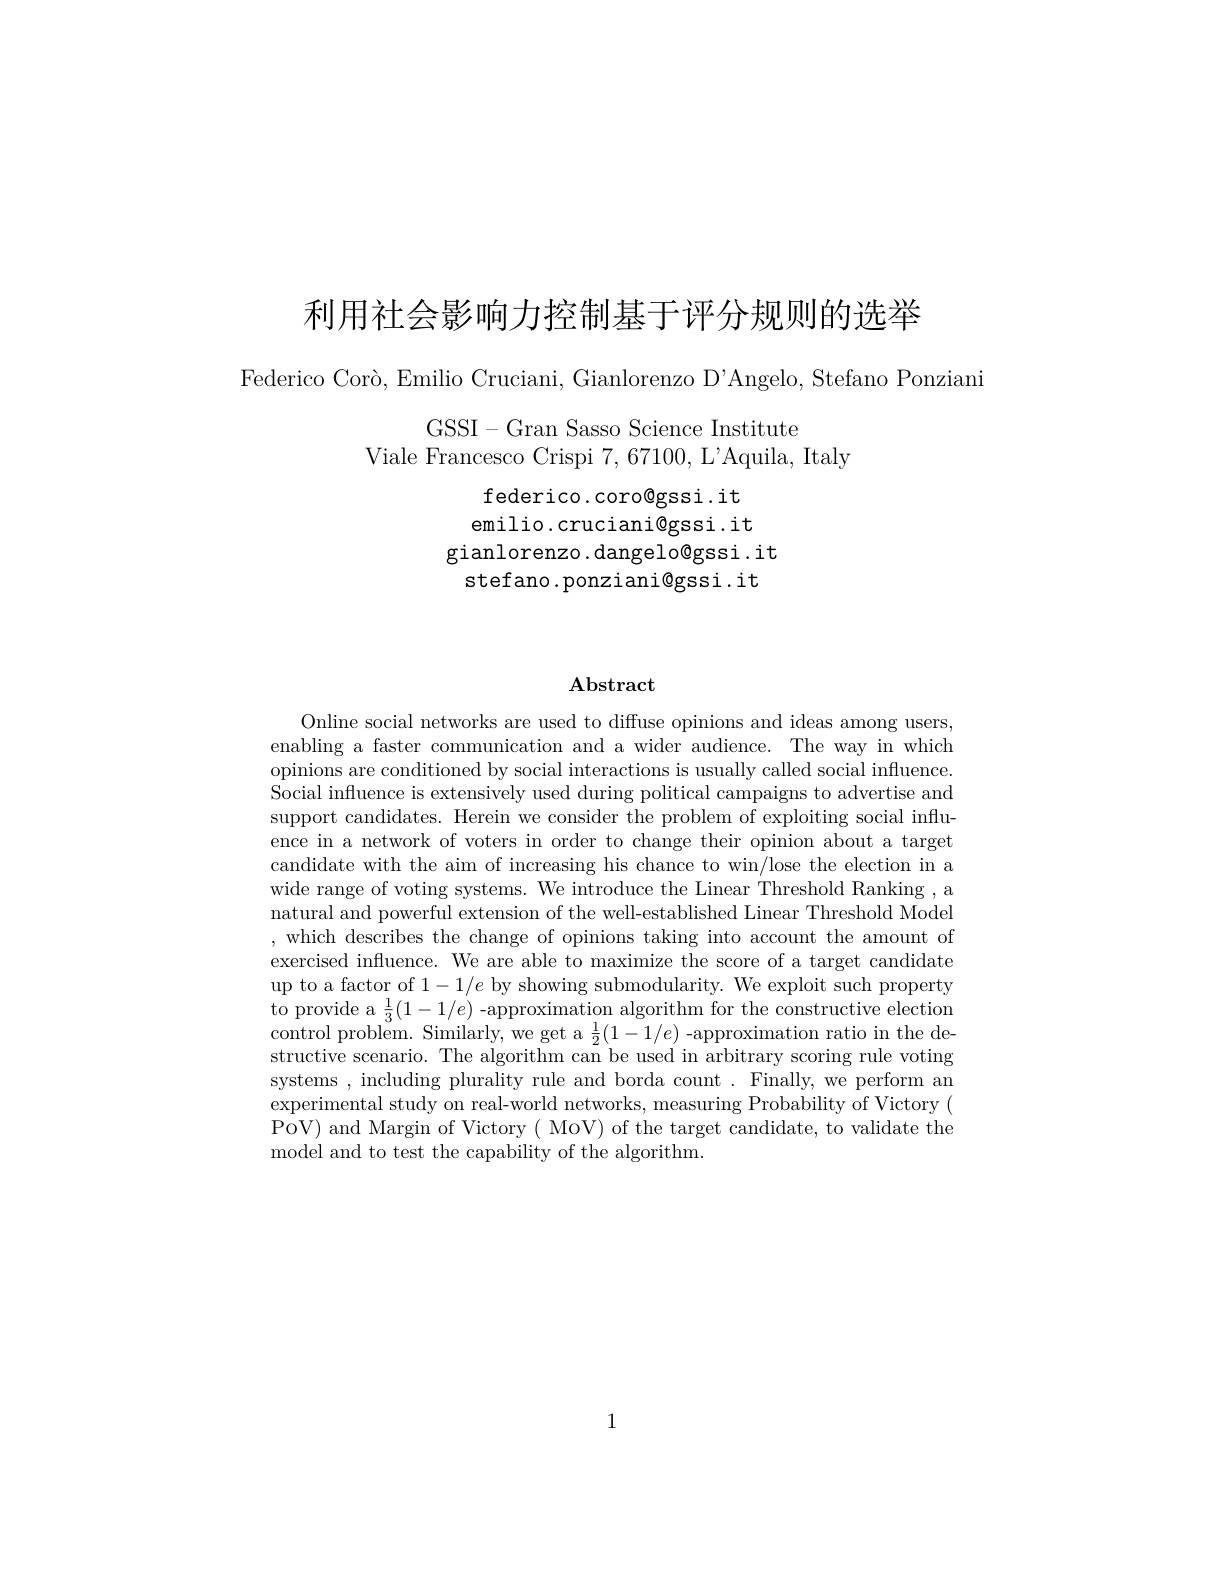
利用社会影响力控制基于评分规则的选举

Federico Corò, Emilio Cruciani, Gianlorenzo D'Angelo, Stefano Ponziani

GSSI-Gran Sasso Science Institute
Viale Francesco Crispi 7,67100, L'Aquila, Italy

federico.coro@gssi.it emilio.cruciani@gssi.it
gianlorenzo. dangelo@gssi. it
stefano.ponziani@gssi.it

## $\mathbf{Abstract}$

Online social networks are used to diffuse opinions and ideas among users, enabling a faster communication and a wider audience. The way in which opinions are conditioned by social interactions is usually called social influence. Social influence is extensively used during political campaigns to advertise and support candidates. Herein we consider the problem of exploiting social influence in a network of voters in order to change their opinion about a target candidate with the aim of increasing his chance to win/lose the election in a wide range of voting systems. We introduce the Linear Threshold Ranking , a natural and powerful extension of the well-established Linear Threshold Model ,which describes the change of opinions taking into account the amount of exercised influence. We are able to maximize the score of a target candidate up to a factor of $1-1/e$ by showing submodularity. We exploit such property to provide a $\frac13(1-1/e)$ -approximation algorithm for the constructive election control problem. Similarly, we get a $\frac12(1-1/e)$ -approximation ratio in the destructive scenario. The algorithm can be used in arbitrary scoring rule voting systems , including plurality rule and borda count . Finally, we perform an experimental study on real-world networks, measuring Probability of Victory ( PoV) and Margin of Victory( MoV) of the target candidate, to validate the model and to test the capability of the algorithm.